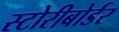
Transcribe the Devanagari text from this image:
स्टोरीबोर्डर